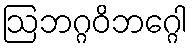
ဩဘဂ္ဂဝိဘဂ္ဂေါ